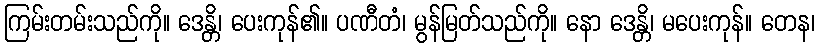
ကြမ်းတမ်းသည်ကို။ ဒေန္တိ၊ ပေးကုန်၏။ ပဏီတံ၊ မွန်မြတ်သည်ကို။ နော ဒေန္တိ၊ မပေးကုန်။ တေန၊